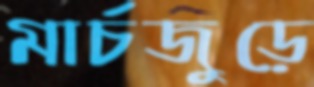
মার্চজুড়ে